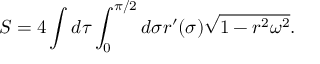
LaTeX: S = 4 \int d \tau \int _ { 0 } ^ { \pi / 2 } d \sigma r ^ { \prime } ( \sigma ) \sqrt { 1 - r ^ { 2 } \omega ^ { 2 } } .